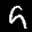
Label: 9